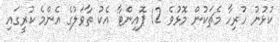
ކުޅުނު ހުރިހާ މެޗަކުން މޮޅުވެ 12 ޕޮއިންޓާ އެކު ތާވަލުގެ އެންމެ ކުރީގައި